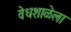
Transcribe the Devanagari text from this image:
वेधशाळेला